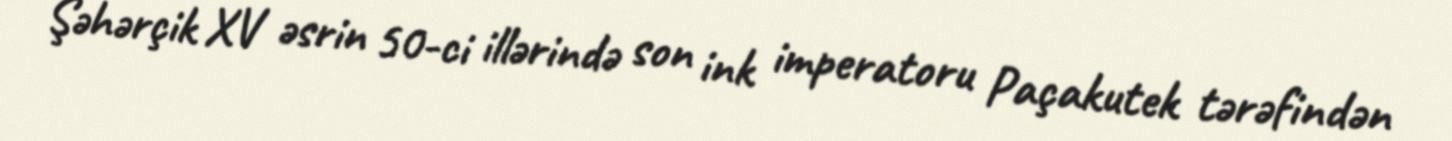
Şəhərçik XV əsrin 50-ci illərində son ink imperatoru Paçakutek tərəfindən